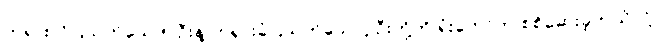
တရားလိုပြသက်သေ ၅ ဦးနဲ့ တရားခံပြသက်သေ ၄ ဦးတို့ကို ရုံးတော်က စစ်ဆေးခဲ့တယ်လို့